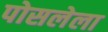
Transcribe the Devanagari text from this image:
पोसलेला